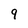
Character: 9